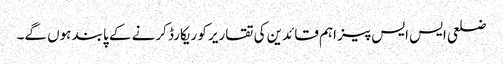
ضلعی ایس ایس پیز اہم قائدین کی تقاریر کو ریکارڈ کرنے کے پابند ہوں گے۔